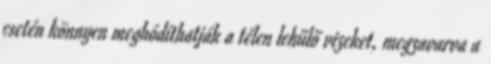
esetén könnyen meghódíthatják a télen lehűlő vizeket, megzavarva a